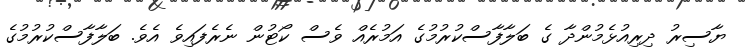
ޔާސިރު ދިރިއުޅެމުންދާ ގެ ބަލާފާސްކުރުމުގެ އަމުރެއް ވެސް ކޯޓުން ނެރެފައިވެ އެވެ. ބަލާފާސްކުރުމުގެ